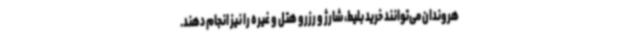
هروندان می‌توانند خرید بلیط، شارژ و رزرو هتل و غیره را نیز انجام دهند.